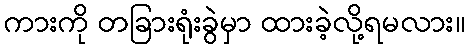
ကားကို တခြားရုံးခွဲမှာ ထားခဲ့လို့ရမလား။